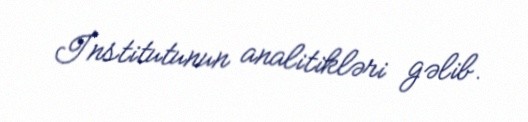
İnstitutunun analitikləri gəlib.